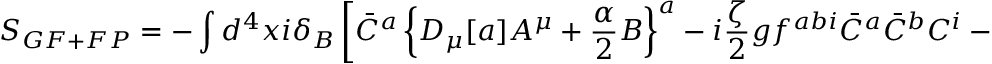
S _ { G F + F P } = - \int d ^ { 4 } x i \delta _ { B } \left[ \bar { C } ^ { a } \left\{ D _ { \mu } [ a ] A ^ { \mu } + { \frac { \alpha } { 2 } } B \right\} ^ { a } - i { \frac { \zeta } { 2 } } g f ^ { a b i } \bar { C } ^ { a } \bar { C } ^ { b } C ^ { i } - i { \frac { \zeta } { 4 } } g f ^ { a b c } C ^ { a } \bar { C } ^ { b } \bar { C } ^ { c } \right] ,